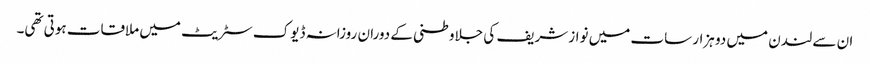
ان سے لندن میں دو ہزار سات میں نواز شریف کی جلاوطنی کے دوران روزانہ ڈیوک سٹریٹ میں ملاقات ہوتی تھی۔